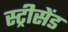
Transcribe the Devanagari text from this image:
स्ट्रीसेंड